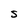
Character: S